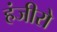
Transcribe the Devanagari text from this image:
हंजीरो